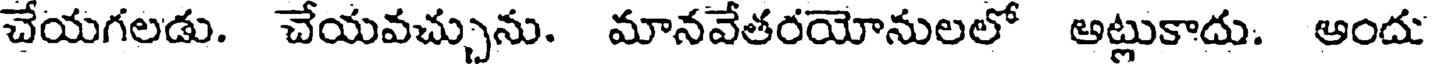
చేయగలడు. చేయవచ్చును. మానవేతరయోనులలో అట్లుకాదు. అందు